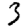
Digit: 3